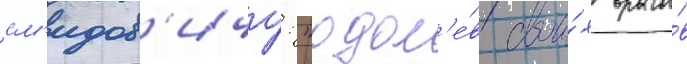
см'идов'ичу: "одол'е́в свои́х враго́в